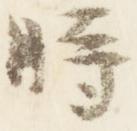
時